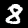
Digit: 8